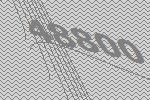
48800